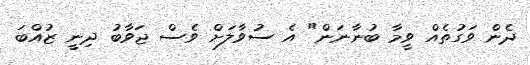
ދެން ވަގުތެއް ވީމާ ބުނާނަން" އެ ސުވާލަށް ވެސް ޖަވާބު ދިނީ ޒުއްބަ